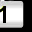
Digit: 1